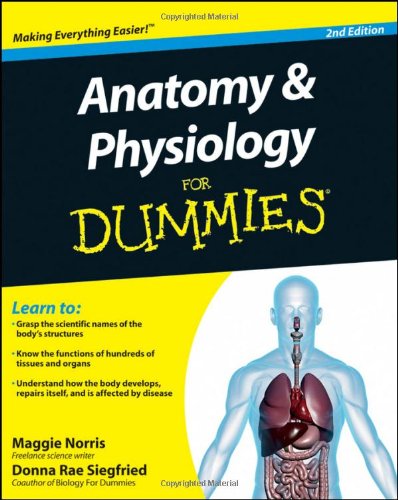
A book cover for Anatomy and Physiology For Dummies; Maggie Norris; Medical Books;